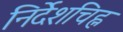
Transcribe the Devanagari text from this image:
निर्देशचिह्न